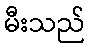
မီးသည်